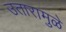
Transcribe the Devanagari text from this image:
उतारामुळे